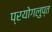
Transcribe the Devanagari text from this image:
प्रयोगलुप्त